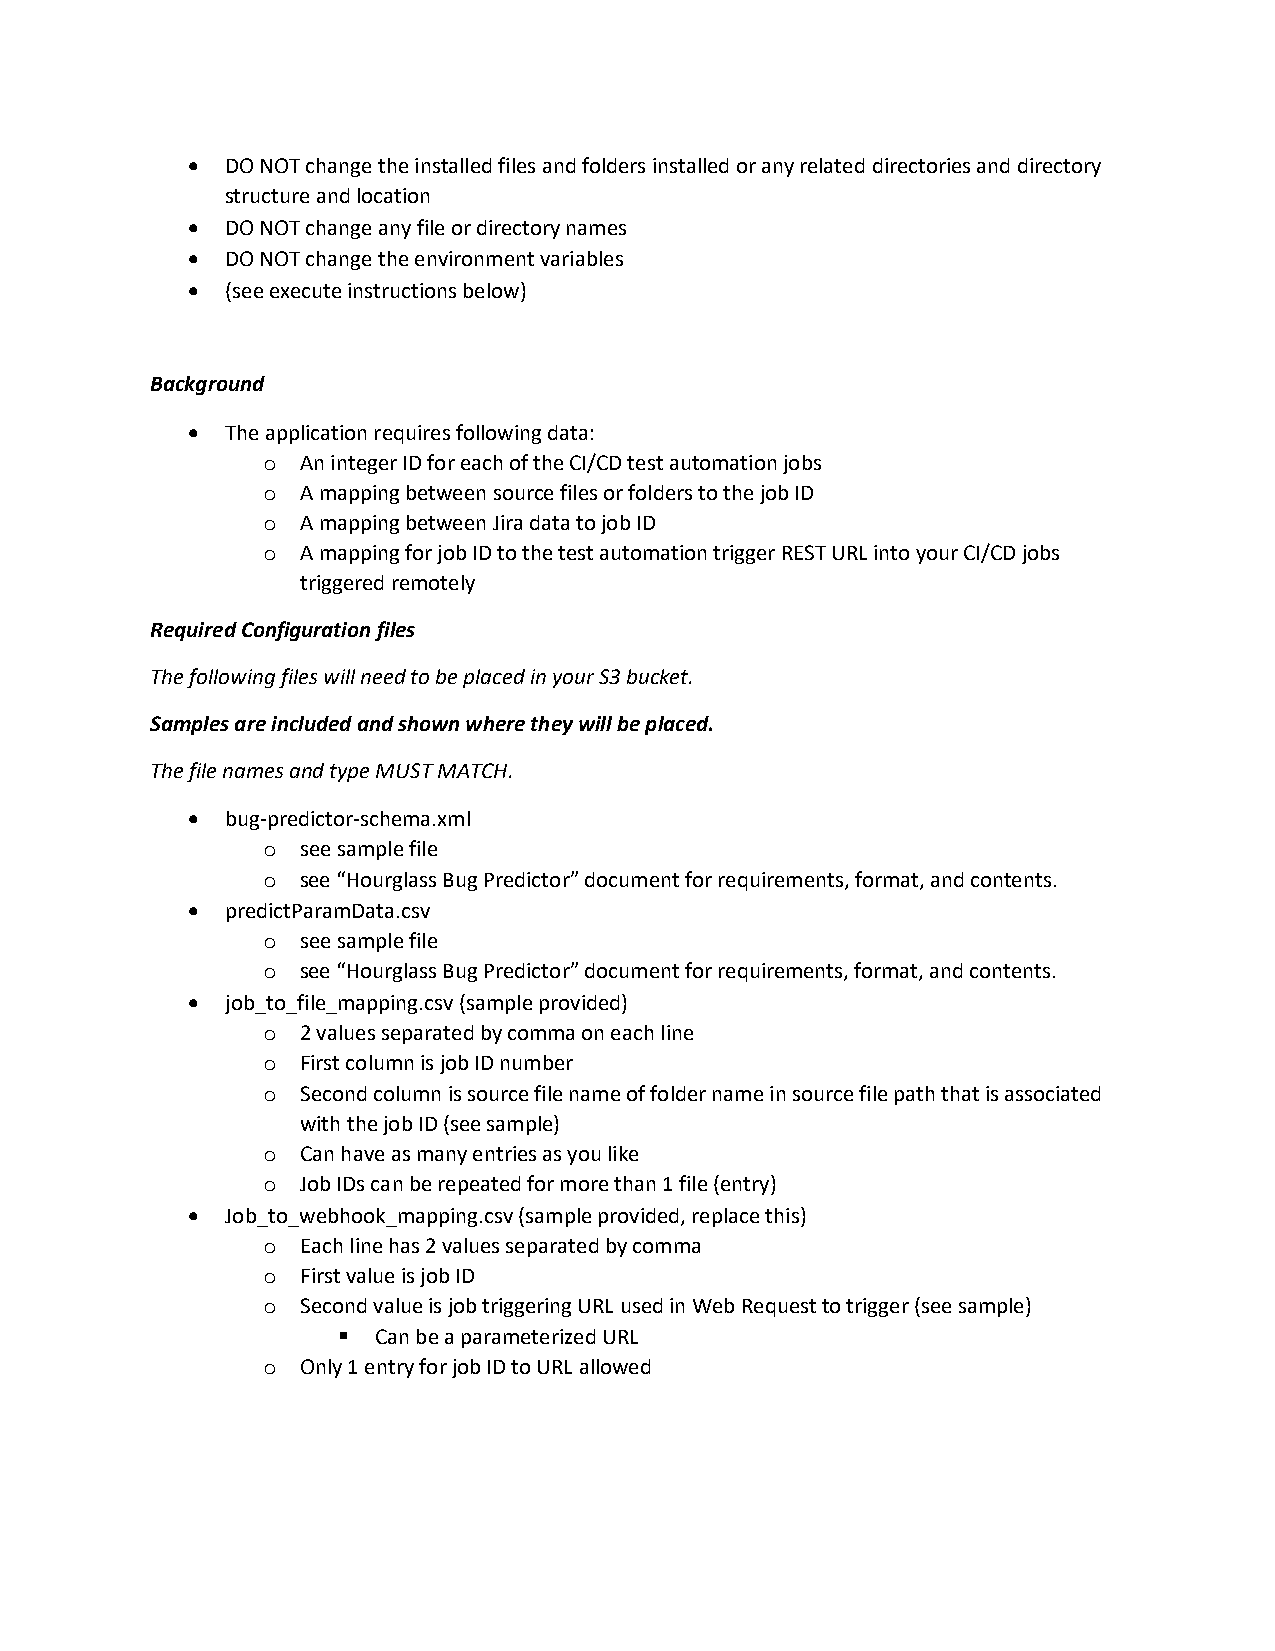
•  DO NOT change the installed files and folders installed or any related directories and directory
 structure and location
 •  DO NOT change any file or directory names
 •  DO NOT change the environment variables
 •  (see execute instructions below)
 Background
 •  The application requires following data:
 o  An integer ID for each of the CI/CD test automation jobs
 o  A mapping between source files or folders to the job ID
 o  A mapping between Jira data to job ID
 o  A mapping for job ID to the test automation trigger REST URL into your CI/CD jobs
 triggered remotely
 Required Configuration files
 The following files will need to be placed in your S3 bucket.
 Samples are included and shown where they will be placed.
 The file names and type MUST MATCH.
 •  bug-predictor-schema.xml
 o  see sample file
 o  see “Hourglass Bug Predictor” document for requirements, format, and contents.
 •  predictParamData.csv
 o  see sample file
 o  see “Hourglass Bug Predictor” document for requirements, format, and contents.
 •  job_to_file_mapping.csv (sample provided)
 o  2 values separated by comma on each line
 o  First column is job ID number
 o  Second column is source file name of folder name in source file path that is associated
 with the job ID (see sample)
 o  Can have as many entries as you like
 o  Job IDs can be repeated for more than 1 file (entry)
 •  Job_to_webhook_mapping.csv (sample provided, replace this)
 o  Each line has 2 values separated by comma
 o  First value is job ID
 o  Second value is job triggering URL used in Web Request to trigger (see sample)
 ▪  Can be a parameterized URL
 o  Only 1 entry for job ID to URL allowed